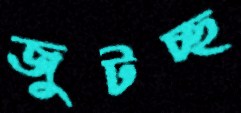
জুটচ্ছ